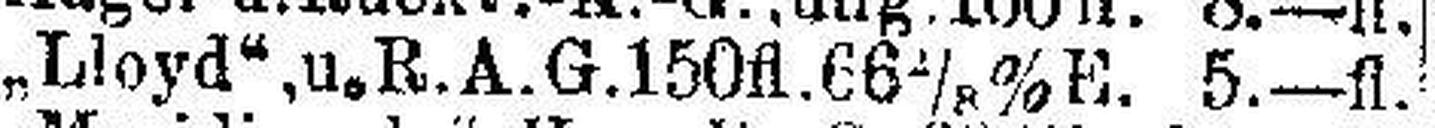
„Lloyd“,u„R.A.G.150fl. 66 2/8%E. 5—fl.